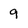
Character: 9